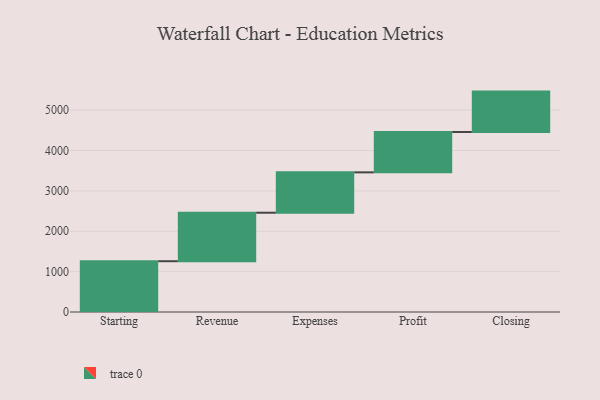
{"axis": {"x": "Step", "y": "Value"}, "legend": [""], "data": [{"x": "Starting", "y": 1258.0, "type": ""}, {"x": "Revenue", "y": 1201.0, "type": ""}, {"x": "Expenses", "y": 1000, "type": ""}, {"x": "Profit", "y": 1000, "type": ""}, {"x": "Closing", "y": 1000, "type": ""}]}